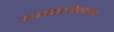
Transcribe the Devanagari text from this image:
राज्यघटनेतल्या